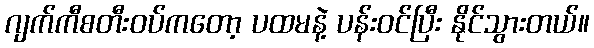
ဂျက်ကီစတီးဝပ်ကတော့ ပထမနဲ့ ပန်းဝင်ပြီး နိုင်သွားတယ်။